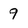
Character: 9